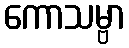
ကောသမ္ဗာ